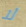
لا